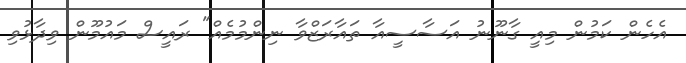
އެހެން ކަމުން މިއީ ގާނޫނު އަސާސީއާ ތައާރަޒްވާ ނިންމުމެއް" ރައީސް މައުމޫން ވިދާޅުވި